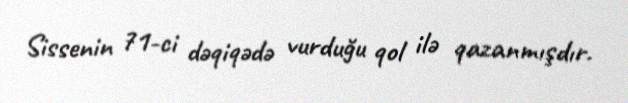
Sissenin 71-ci dəqiqədə vurduğu qol ilə qazanmışdır.